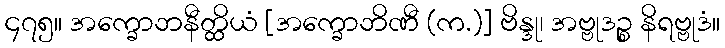
၄၇၅။ အက္ခောဘနီတ္ထိယံ [အက္ခောဘိဏီ (က.)] ဗိန္ဒု၊ အဗ္ဗုဒဉ္စ နိရဗ္ဗုဒံ။